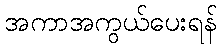
အကာအကွယ်ပေးရန်